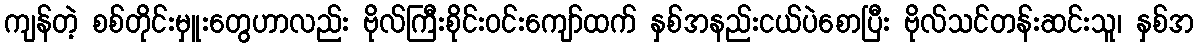
ကျန်တဲ့ စစ်တိုင်းမှူးတွေဟာလည်း ဗိုလ်ကြီးစိုင်းဝင်းကျော်ထက် နှစ်အနည်းငယ်ပဲစောပြီး ဗိုလ်သင်တန်းဆင်းသူ၊ နှစ်အ